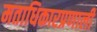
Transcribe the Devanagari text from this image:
मताधिकारप्रणाली